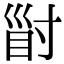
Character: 𡬲